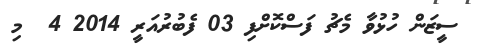
ސީޒަން ހުޅުވާ މެޗު ފަސްކޮށްފި 03 ފެބުރުއަރީ 2014 4  މި